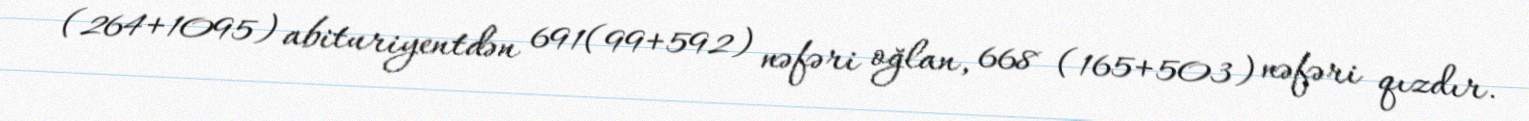
(264+1095) abituriyentdən 691(99+592) nəfəri oğlan, 668 (165+503) nəfəri qızdır.